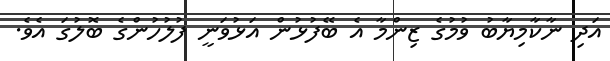
އަދި ނާކާމިޔާބު ވުމުގެ ޒިންމާ އެ ބޭފުޅުން އަޅުވަނީ ފުލުހުންގެ ބޮލުގަ އެވެ.